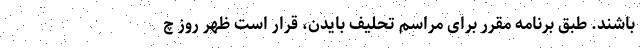
باشند. طبق برنامه مقرر برای مراسم تحلیف بایدن، قرار است ظهر روز چ